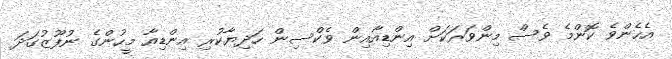
އެހެންވެ ކޮންމެ ވެސް މިންވަރަކަށް އިންޑިއާއިން ވެކްސިން ހަދިޔާކުރި އިންޑިއާ މީހުންގެ ނުފޫޒުގަދަ